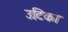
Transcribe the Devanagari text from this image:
उटिका